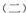
(二)